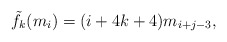
\begin{align*}\tilde f_k(m_i)=(i+4k+4)m_{i+j-3},\end{align*}